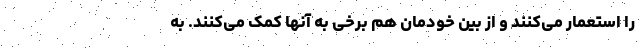
را استعمار می‌کنند و از بین خودمان هم برخی به آنها کمک می‌کنند. به